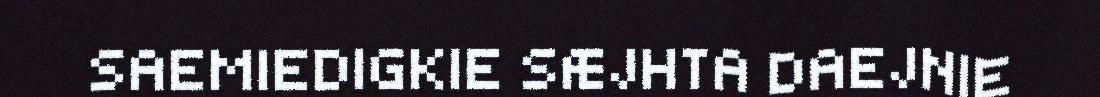
SAEMIEDIGKIE SÆJHTA DAEJNIE